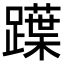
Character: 𨆡